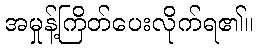
အမှုန့်ကြိတ်ပေးလိုက်ရ၏။